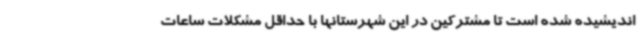
اندیشیده شده است تا مشترکین در این شهرستانها با حداقل مشکلات ساعات